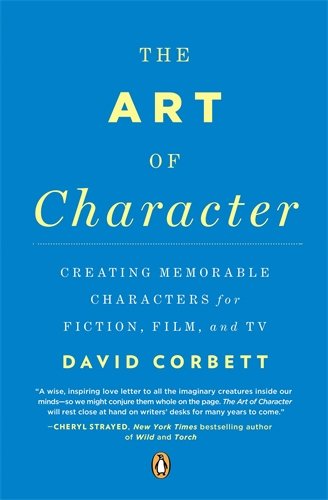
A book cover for The Art of Character: Creating Memorable Characters for Fiction, Film, and TV; David Corbett; Humor & Entertainment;